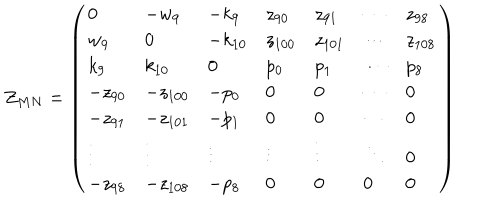
Z _ { M N } = \left( \begin{array} { l l l l l l l } { { 0 } } & { { - w _ { 9 } } } & { { - k _ { 9 } } } & { { z _ { 9 0 } } } & { { z _ { 9 1 } } } & { { \cdots } } & { { z _ { 9 8 } } } \\ { { w _ { 9 } } } & { { 0 } } & { { - k _ { 1 0 } } } & { { z _ { 1 0 0 } } } & { { z _ { 1 0 1 } } } & { { \cdots } } & { { z _ { 1 0 8 } } } \\ { { k _ { 9 } } } & { { k _ { 1 0 } } } & { { 0 } } & { { p _ { 0 } } } & { { p _ { 1 } } } & { { \cdots } } & { { p _ { 8 } } } \\ { { - z _ { 9 0 } } } & { { - z _ { 1 0 0 } } } & { { - p _ { 0 } } } & { { 0 } } & { { 0 } } & { { \cdots } } & { { 0 } } \\ { { - z _ { 9 1 } } } & { { - z _ { 1 0 1 } } } & { { - p _ { 1 } } } & { { 0 } } & { { 0 } } & { { \cdots } } & { { 0 } } \\ { { \vdots } } & { { \vdots } } & { { \vdots } } & { { \vdots } } & { { \vdots } } & { { \ddots } } & { { 0 } } \\ { { - z _ { 9 8 } } } & { { - z _ { 1 0 8 } } } & { { - p _ { 8 } } } & { { 0 } } & { { 0 } } & { { 0 } } & { { 0 } } \\ \end{array} \right)